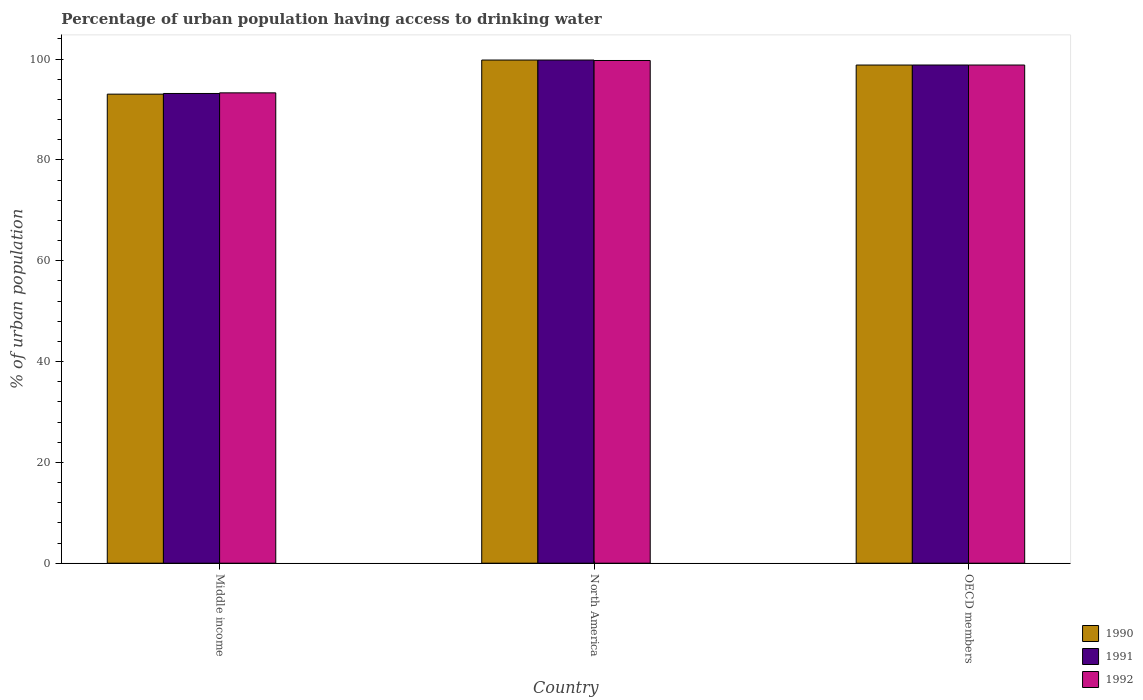
| Country | 1990 | 1991 | 1992 |
 | --- | --- | --- | --- |
 | Middle income | 93.1 | 93.2 | 93.3 |
 | North America | 99.8 | 99.8 | 99.7 |
 | OECD members | 98.8 | 98.8 | 98.8 |